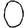
Digit: 0